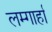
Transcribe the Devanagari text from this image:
लम्गार्हा